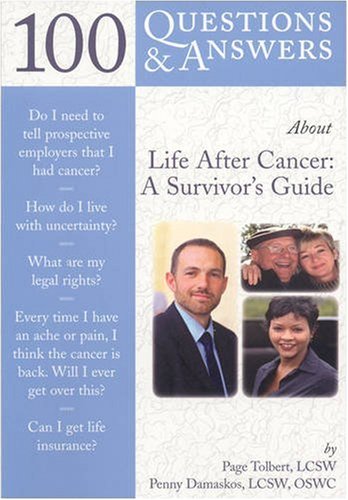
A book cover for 100 Questions  &  Answers About Life After Cancer: A Survivor's Guide; Page Tolbert; Medical Books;